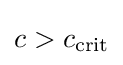
c>c_{\operatorname {crit} }